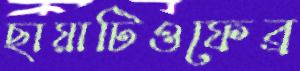
ছায়াটিওফেব্র